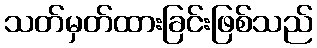
သတ်မှတ်ထားခြင်းဖြစ်သည်